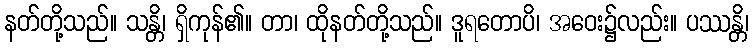
နတ်တို့သည်။ သန္တိ၊ ရှိကုန်၏။ တာ၊ ထိုနတ်တို့သည်။ ဒူရတောပိ၊ အဝေး၌လည်း။ ပဿန္တိ၊